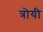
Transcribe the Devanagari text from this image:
त्रोयी